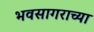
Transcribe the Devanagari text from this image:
भवसागराच्या